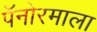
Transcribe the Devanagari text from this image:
पॅनोरमाला